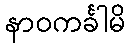
နာဝကင်္ခါမိ